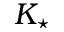
K _ { \star }